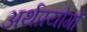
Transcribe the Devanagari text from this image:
अर्थप्रयोगों